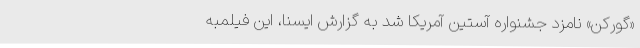
«گورکن» نامزد جشنواره‌ آستین آمریکا شد به گزارش ایسنا، این فیلمبه